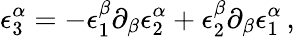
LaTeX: \epsilon_{3}^{\alpha}=-\epsilon_{1}^{\beta}\partial_{\beta}\epsilon_{2}^{\alpha}+\epsilon_{2}^{\beta}\partial_{\beta}\epsilon_{1}^{\alpha}\, ,